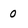
Character: 0